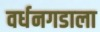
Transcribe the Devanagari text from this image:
वर्धनगडाला